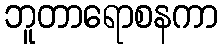
ဘူတာရောစနကာ